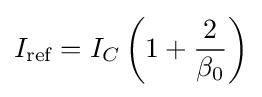
I_{\text{ref}}=I_{C}\left(1+{\frac {2}{\beta _{0}}}\right)